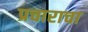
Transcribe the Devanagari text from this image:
प्रचाराचा